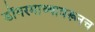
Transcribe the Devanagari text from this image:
डोंगरमाथ्यावरूनच